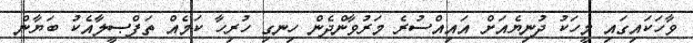
ވާހަކައިގައި މީހަކު ދުނިޔެއަށް އައިއްސުރެ މަރުވާންދެން ހިނގި ހުރިހާ ކަމެއް ތަފްޞީލާއެކު ބަޔާން